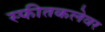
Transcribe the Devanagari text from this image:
स्फीतकलेवर